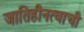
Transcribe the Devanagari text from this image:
जातिहीनत्वाची